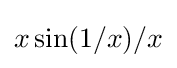
x\sin(1/x)/x